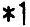
*1